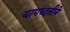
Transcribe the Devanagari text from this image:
यापध्दतीने